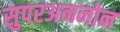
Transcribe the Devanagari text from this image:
सुपरअननोन